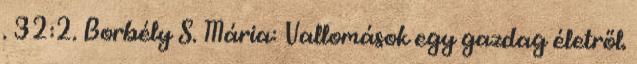
. 32:2. Borbély S. Mária: Vallomások egy gazdag életről.